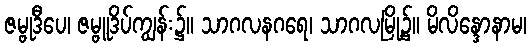
ဇမ္ဗုဒီပေ၊ ဇမ္ဗူဒိပ်ကျွန်း၌။ သာဂလနဂရေ၊ သာဂလမြို့၌။ မိလိန္ဒောနာမ၊